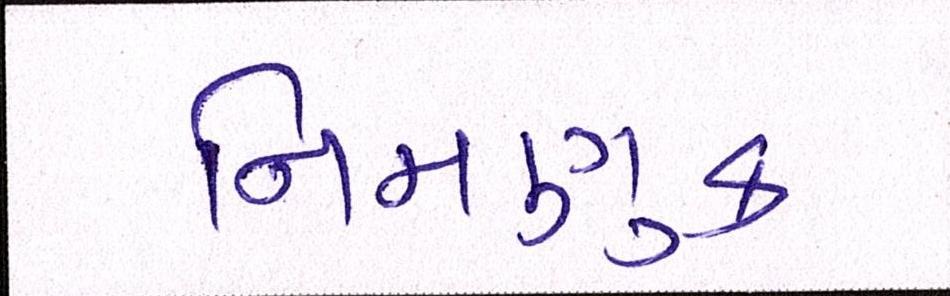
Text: નિમણુક